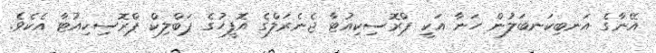
އޭނާގެ އަނބިކަނބަލުން ހަނާ އަކީ ޕްރޮސިކިއުޓާ ޖެނެރަލްގެ އޮފީހުގެ ޕަބްލިކް ޕްރޮސިކިއުޓާ އެކެވެ.